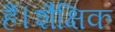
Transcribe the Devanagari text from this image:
हैं।शैक्षिक